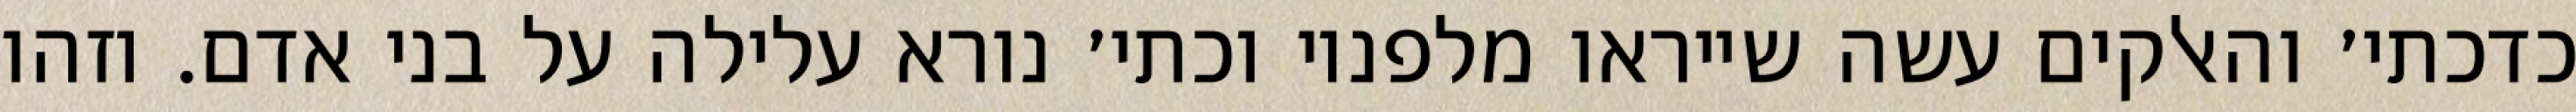
כדכתי׳ והאלקים עשה שייראו מלפניו וכתי׳ נורא עלילה על בני אדם. וזהו